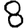
Digit: 8